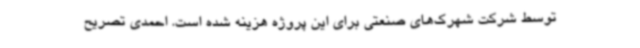
توسط شرکت شهرک‌های صنعتی برای این پروژه هزینه شده است. احمدی تصریح